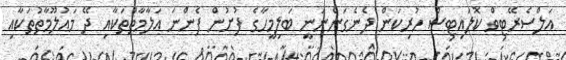
އަލްސެރޭޓިވް ކޮލައިޓިސް ހުރިކަން ދެނެގަންނަނީ ބަލިމީހާގެ ފުށުން ފެންނަ އަލާމާތްތަކާއި ދޭ މައުލޫމާތުތަކާއި